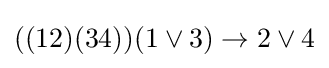
((12)(34))(1\lor 3)\to 2\lor 4